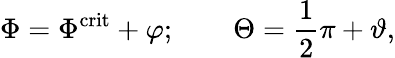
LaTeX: \Phi=\Phi^{\mathrm{crit}}+\varphi;\qquad\Theta=\frac{1}{2}\pi+\vartheta,